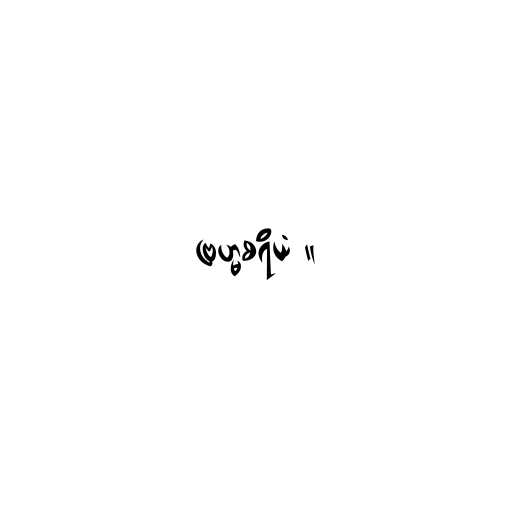
ဗြဟ္မစရိယံ ။